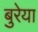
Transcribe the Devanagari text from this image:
बुरेया